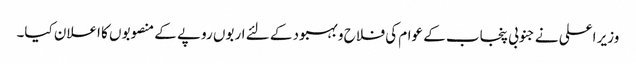
وزیر اعلی نے جنوبی پنجاب کے عوام کی فلاح و بہبود کے لئے اربوں روپے کے منصوبوں کا اعلان کیا۔